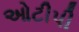
ઓટીપી